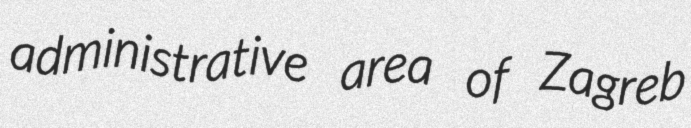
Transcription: administrative area of Zagreb